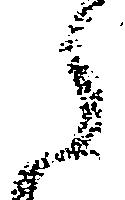
之